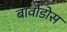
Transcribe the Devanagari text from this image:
बार्वाडोस